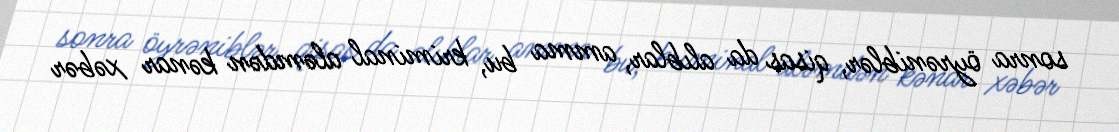
sonra öyrəniblər, qisas da alıblar, amma bu, kriminal aləmdən kənar xəbər